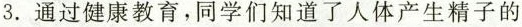
3.通过健康教育，同学们知道了人体产生精子的